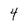
Character: 4